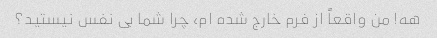
هه! من واقعاً از فرم خارج شده ام، چرا شما بی نفس نیستید؟